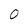
Character: 0